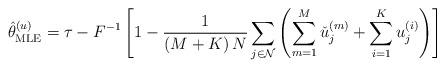
LaTeX: \begin{align*} \hat \theta _{{\rm{MLE}}}^{(u)} = \tau - {F^{ - 1}}\left[ {1 - \frac{1}{{\left( {M + K} \right)N}}\sum\limits_{j \in {\cal N}} {\left( {\sum\limits_{m = 1}^M {{\check{u}}_j^{(m)}} + \sum\limits_{i = 1}^K {u_j^{(i)}} } \right)} } \right]\end{align*}